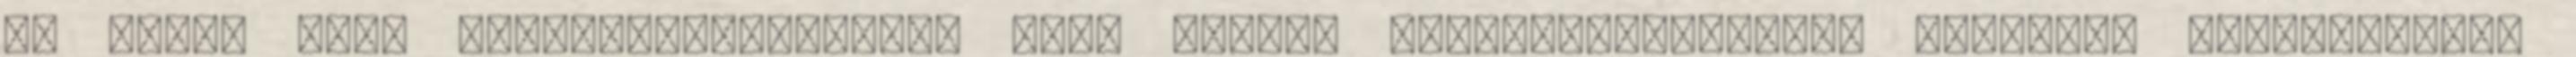
ne pedig azon aggodalmaskodjunk, hogy milyen csodamódszerekkel lehetünk boldogabbak"